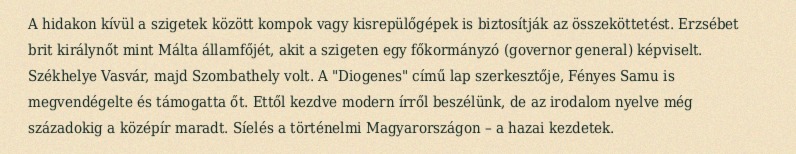
A hidakon kívül a szigetek között kompok vagy kisrepülőgépek is biztosítják az összeköttetést. Erzsébet brit királynőt mint Málta államfőjét, akit a szigeten egy főkormányzó (governor general) képviselt. Székhelye Vasvár, majd Szombathely volt. A "Diogenes" című lap szerkesztője, Fényes Samu is megvendégelte és támogatta őt. Ettől kezdve modern írről beszélünk, de az irodalom nyelve még századokig a középír maradt. Síelés a történelmi Magyarországon – a hazai kezdetek.